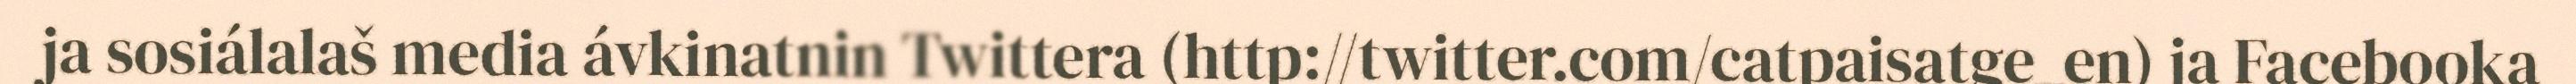
ja sosiálalaš media ávkinatnin Twittera (http://twitter.com/catpaisatge_en) ja Facebooka